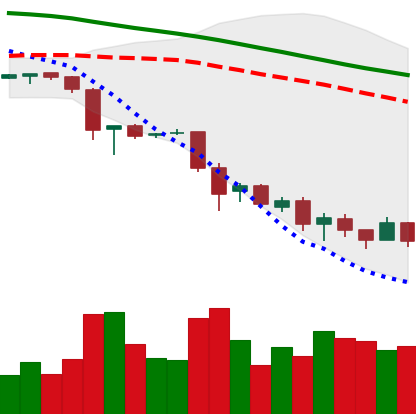
Ticker: EOS-USD
Chart end date: 2018-11-29
Forward return: -18.744%
Label: down_7plus